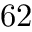
6 2